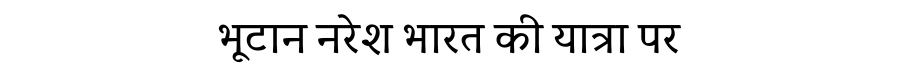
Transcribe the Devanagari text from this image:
भूटान नरेश भारत की यात्रा पर